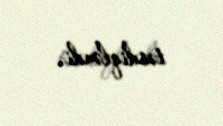
təsdiqləndi.